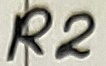
Text: R2